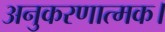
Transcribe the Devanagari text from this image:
अनुकरणात्मक।